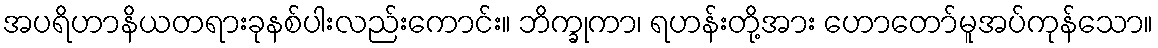
အပရိဟာနိယတရားခုနစ်ပါးလည်းကောင်း။ ဘိက္ခုကာ၊ ရဟန်းတို့အား ဟောတော်မူအပ်ကုန်သော။